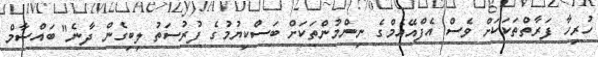
ހުރިހާ ފަރާތްތަކަކަށް ވެސް އެފްއޭއެމްގެ ނިންމުންތަކަށް ބަސްކިޔުމުގެ ފުރުސަތު ލިބިގެން ދާނެ" ބައްސާމް